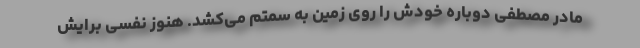
مادر مصطفی دوباره خودش را روی زمین به سمتم می‌کشد. هنوز نفسی برایش